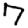
Digit: 7